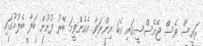
ރައީސް ވެސް ޖޭއެސްސީގައި އެބަ އިންނަވާ. އެހެންވީމަ ބޭރު ފުށުން ބަލާ ބެލުމުގައި